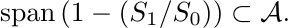
\begin{math}%\label{span.1}
\operatorname{span}\left(1-({S_{1}}/{S_{0}})\right) \subset \mathcal{A}.
\end{math}